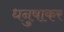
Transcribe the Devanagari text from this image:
धनुषाकर